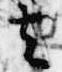
去